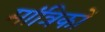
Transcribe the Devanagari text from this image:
मांत्रिकों